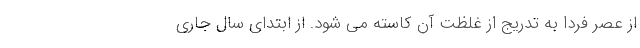
از عصر فردا به تدریج از غلظت آن کاسته می شود. از ابتدای سال جاری